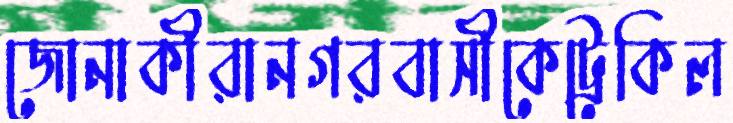
জোনাকীরানগরবাসীকেট্রেকিল